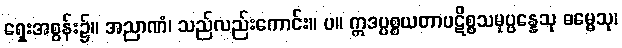
ရှေးအစွန်း၌။ အညာဏံ၊ သည်လည်းကောင်း။ ပ။ ဣဒပ္ပစ္စယတာပဋိစ္စသမုပ္ပန္နေသု ဓမ္မေသု၊